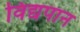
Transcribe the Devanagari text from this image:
विद्यपान